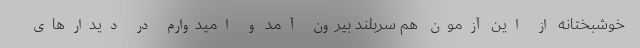
خوشبختانه از این آزمون هم سربلند بیرون آمد و امیدوارم در دیدارهای